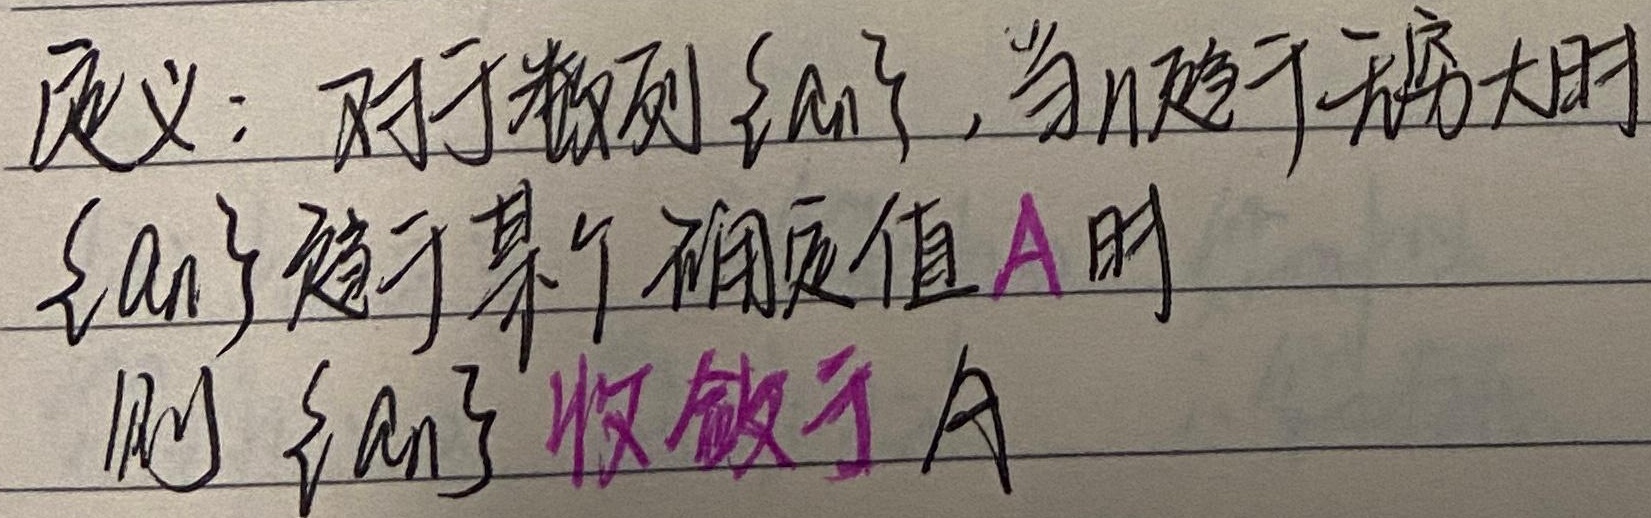
定义：对于数列\(\{a_n\}\)，当\(n\)趋于无穷大时，\(\{a_n\}\)趋于某个确定值\(A\)时，则\(\{a_n\}\)收敛于\(A\)